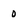
Character: 0